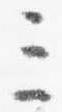
三